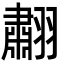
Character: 䎘